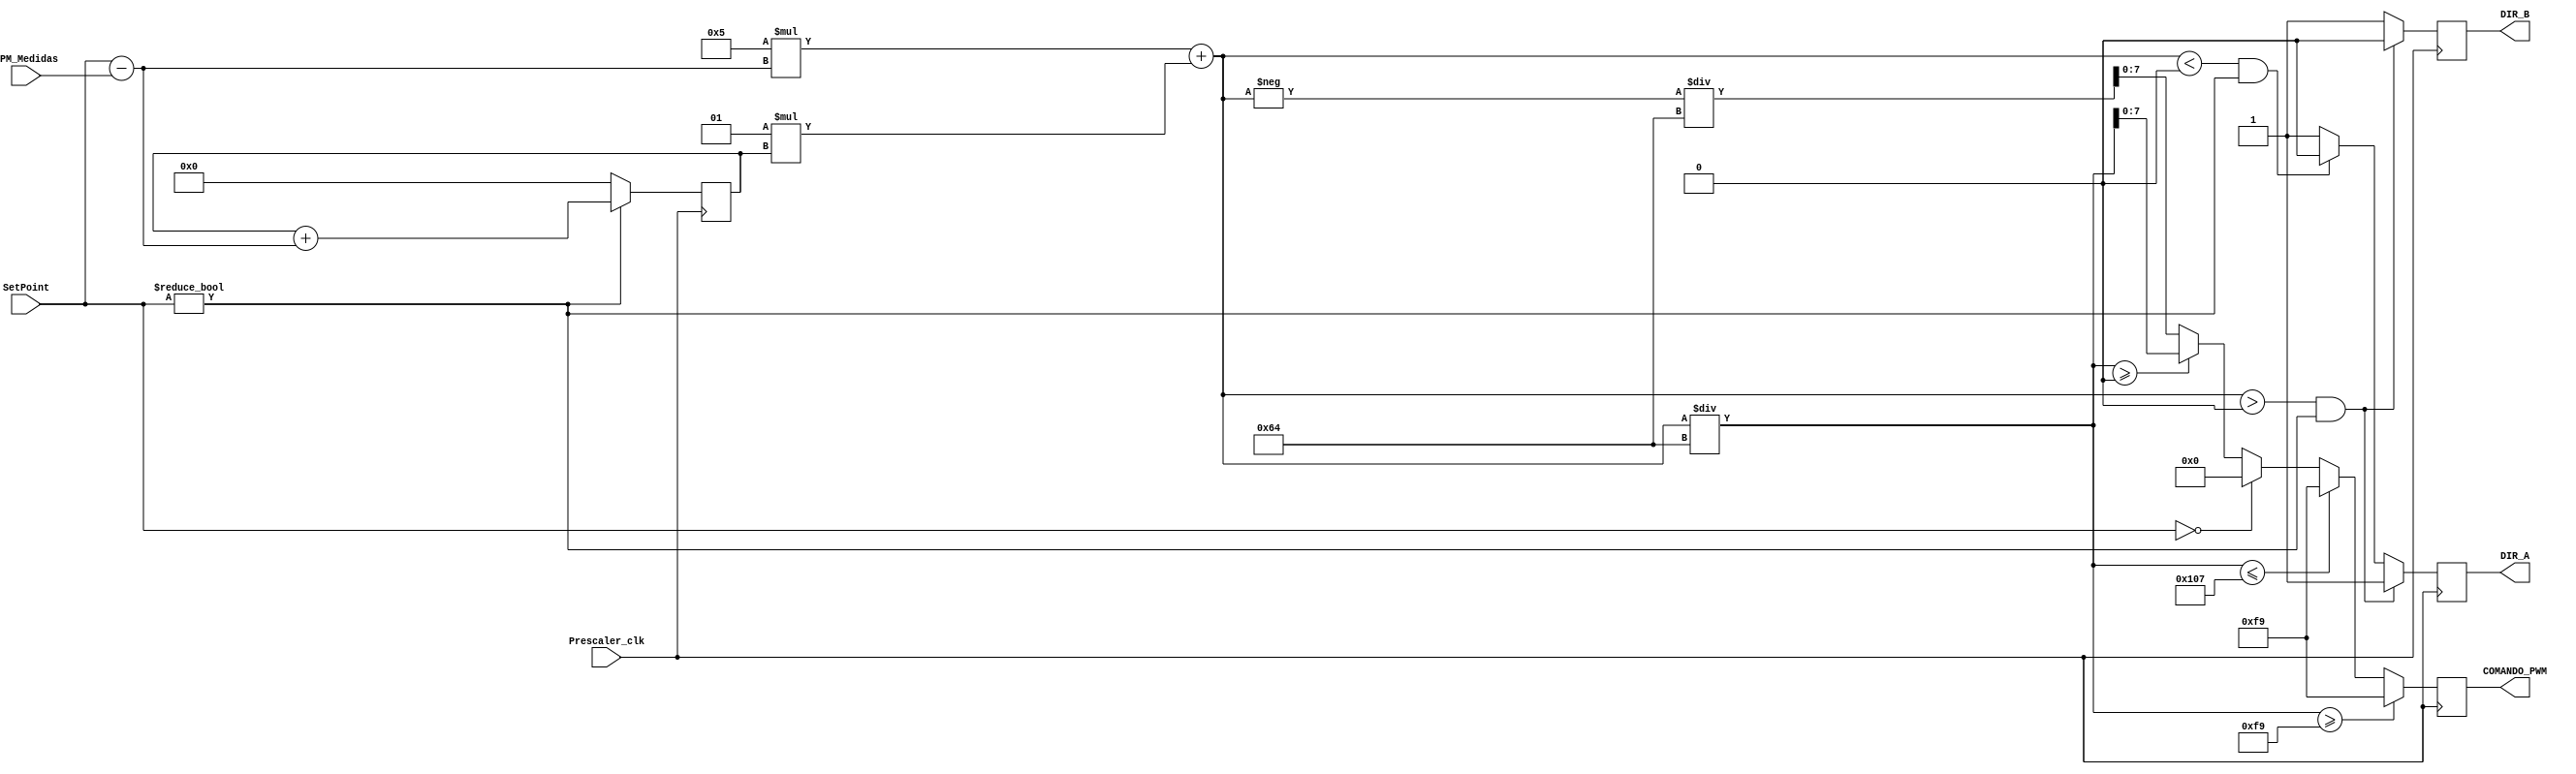
//Modulo de control PID para los RPM de traccion
//Solo toma en cuenta numeros enteros y recibe un Setpoint de la base de control
//Las salidas estan basadas en el shield que tiene Robocol
//(Habian mas hasta que Miguelito los quemo)
module PID_control(Prescaler_clk, SetPoint, RPM_Medidas, DIR_A, DIR_B, COMANDO_PWM);


input Prescaler_clk;//Clock que controla la velocidad del control
input signed [15:0] SetPoint;//Set point en RPM
input signed [15:0] RPM_Medidas;//RPM medidas por el encoder

output [7:0] COMANDO_PWM;//PWM en 8 bits, entre 0 y 249
reg [7:0] COMANDO_PWM = 0;

output DIR_A;//Salida 1 de direccion al motor
reg DIR_A = 0;

output DIR_B;//Salida 2 de direccion al motor
reg DIR_B = 0;

reg signed [35:0] Error_Integrativo = 0;//Variable para integracion

parameter signed K_P = 5;// Kp*100 (debe calibrarse)
parameter signed K_I = 1;// Ki*100 (debe calibrarse)


always @(negedge Prescaler_clk)
begin
	
	if (  ( K_P*(SetPoint-RPM_Medidas) + K_I*Error_Integrativo )/100  >= 249) //Caso de saturacion del controlador por arriba
		COMANDO_PWM <= 249;
	else
		if (  ( K_P*(SetPoint-RPM_Medidas) + K_I*Error_Integrativo )/100   <= -249) //Caso de saturacion del controlador por abajo
			COMANDO_PWM <= 249;
		else
			if (SetPoint==0) //Caso en el que se desea alcanzar 0 en velocidad
				COMANDO_PWM <= 0;
			else
				if(   ( K_P*(SetPoint-RPM_Medidas) + K_I*Error_Integrativo )/100 >= 0) //Caso sin saturacion, error positivo
					COMANDO_PWM <= ( K_P*(SetPoint-RPM_Medidas) + K_I*Error_Integrativo )/100;
				else
					COMANDO_PWM <= -( K_P*(SetPoint-RPM_Medidas) + K_I*Error_Integrativo )/100;//Caso sin saturacion, error negativo
			
			
	if( K_P*(SetPoint-RPM_Medidas) + K_I*Error_Integrativo > 0 & SetPoint!=0 )//Motor hacia adelante si el error es mayor a 0
		begin
			DIR_A<=1;
			DIR_B<=0;
		end
	else
		if(K_P*(SetPoint-RPM_Medidas) + K_I*Error_Integrativo < 0 & SetPoint!=0) //Motor hacia atras si el error es menor a 0
			begin
				DIR_A<=0;
				DIR_B<=1;
			end
		else//Freno en las llantas si el setpoint es 0
			begin
				DIR_A<=1;
				DIR_B<=1;
			end
	
	if(SetPoint!=0)//Acumulador del error integrativo, se reinicia cuando el setpoint pasa por 0 RPM 
		Error_Integrativo <= Error_Integrativo + (SetPoint-RPM_Medidas);
	else
		Error_Integrativo <= 0;
  
end



endmodule